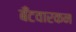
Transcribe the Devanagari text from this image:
बँटवारकन